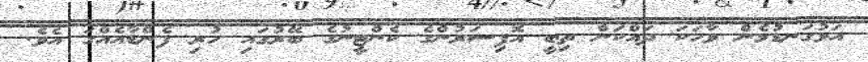
އަޅުގަނޑުމެން ވާހަކަ ދައްކަން ތިބީ އޮފިސަރުންގެ ކެންޓީނުގެ ބޭރުގައި ހުރި ފެންޑާއެއްގަ އެވެ.